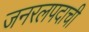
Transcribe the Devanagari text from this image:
जनरलपदाची